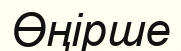
Өңірше